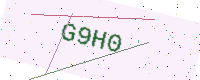
Text: G9H0